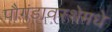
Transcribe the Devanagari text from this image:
पौगंडावस्थेमधे